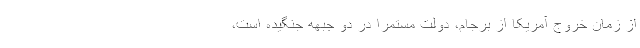
از زمان خروج آمریکا از برجام، دولت مستمرا در دو جبهه جنگیده است،